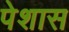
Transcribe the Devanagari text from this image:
पेशास